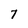
Character: 7